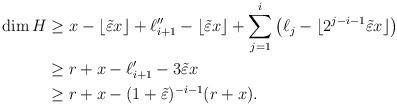
LaTeX: \begin{align*}\dim H&\geq x-\lfloor\tilde\varepsilon x\rfloor+\ell_{i+1}''-\lfloor\tilde\varepsilon x\rfloor+\sum_{j=1}^i \big(\ell_{j}-\lfloor 2^{j-i-1}\tilde \varepsilon x\rfloor\big)\\&\geq r+x-\ell_{i+1}'-3\tilde\varepsilon x\\&\geq r+x-(1+\tilde\varepsilon)^{-i-1}(r+x).\end{align*}